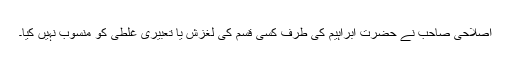
اصلاحی صاحب نے حضرت ابراہیم کی طرف کسی قسم کی لغزش یا تعبیری غلطی کو منسوب نہیں کیا۔